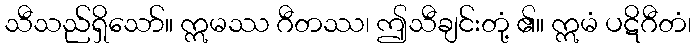
သီသည်ရှိသော်။ ဣမဿ ဂီတဿ၊ ဤသီချင်းတုံ့ ၏။ ဣမံ ပဋိဂီတံ၊